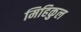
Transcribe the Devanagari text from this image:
मिहिकुल